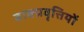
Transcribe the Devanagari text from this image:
वाक्प्रवृत्तियों